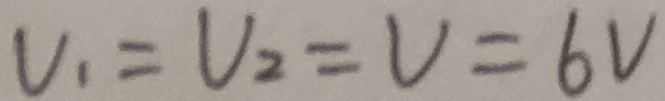
V _ { 1 } = V _ { 2 } = V = 6 V